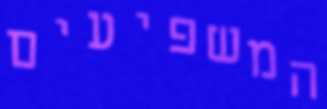
המשפיעים